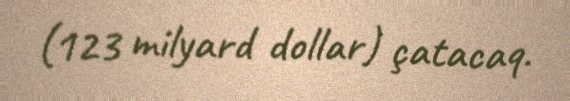
(123 milyard dollar) çatacaq.